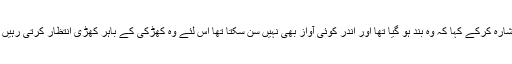
تو انہوں‌ نےدروازے کی طرف اشارہ کرکے کہا کہ وہ بند ہو گیا تھا اور اندر کوئی آواز بھی نہیں‌ سن سکتا تھا اس لئے وہ کھڑکی کے باہر کھڑی انتظار کرتی رہیں‌ کہ میں‌ مڑ کر انہیں‌ دیکھوں‌ گی۔